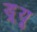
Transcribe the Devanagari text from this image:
ड्र्यू